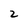
Character: 2